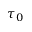
\tau _ { 0 }